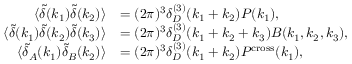
\begin{array} { r l } { \langle \tilde { \delta } ( \ensuremath { \boldsymbol { k } } _ { 1 } ) \tilde { \delta } ( \ensuremath { \boldsymbol { k } } _ { 2 } ) \rangle } & { = ( 2 \pi ) ^ { 3 } \delta _ { D } ^ { ( 3 ) } ( \ensuremath { \boldsymbol { k } } _ { 1 } + \ensuremath { \boldsymbol { k } } _ { 2 } ) P ( k _ { 1 } ) , } \\ { \langle \tilde { \delta } ( \ensuremath { \boldsymbol { k } } _ { 1 } ) \tilde { \delta } ( \ensuremath { \boldsymbol { k } } _ { 2 } ) \tilde { \delta } ( \ensuremath { \boldsymbol { k } } _ { 3 } ) \rangle } & { = ( 2 \pi ) ^ { 3 } \delta _ { D } ^ { ( 3 ) } ( \ensuremath { \boldsymbol { k } } _ { 1 } + \ensuremath { \boldsymbol { k } } _ { 2 } + \ensuremath { \boldsymbol { k } } _ { 3 } ) B ( k _ { 1 } , k _ { 2 } , k _ { 3 } ) , } \\ { \langle \tilde { \delta } _ { A } ( \ensuremath { \boldsymbol { k } } _ { 1 } ) \tilde { \delta } _ { B } ( \ensuremath { \boldsymbol { k } } _ { 2 } ) \rangle } & { = ( 2 \pi ) ^ { 3 } \delta _ { D } ^ { ( 3 ) } ( \ensuremath { \boldsymbol { k } } _ { 1 } + \ensuremath { \boldsymbol { k } } _ { 2 } ) P ^ { \mathrm { c r o s s } } ( k _ { 1 } ) , } \end{array}